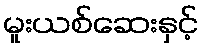
မူးယစ်ဆေးနှင့်